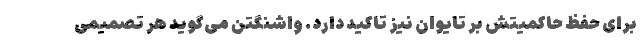
برای حفظ حاکمیتش بر تایوان نیز تاکید دارد. واشنگتن می‌گوید هر تصمیمی